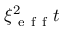
\xi _ { \mathrm { ~ e ~ f ~ f ~ } } ^ { 2 } t